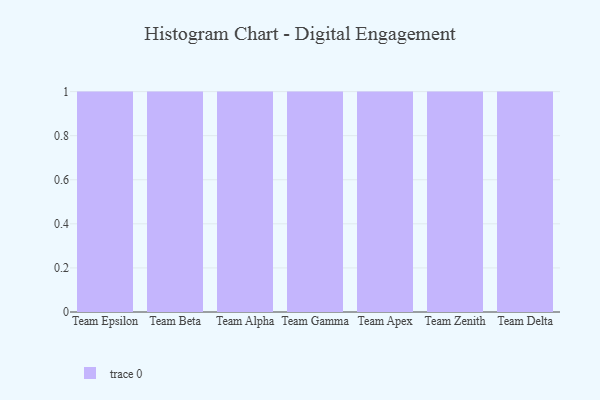
{"axis": {"x": "Team", "y": "Backlog"}, "legend": [""], "data": [{"x": "Team Epsilon", "y": 88, "type": ""}, {"x": "Team Beta", "y": 33, "type": ""}, {"x": "Team Alpha", "y": 22, "type": ""}, {"x": "Team Gamma", "y": 83, "type": ""}, {"x": "Team Apex", "y": 41, "type": ""}, {"x": "Team Zenith", "y": 34, "type": ""}, {"x": "Team Delta", "y": 11, "type": ""}]}